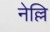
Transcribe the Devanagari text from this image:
नेल्लि